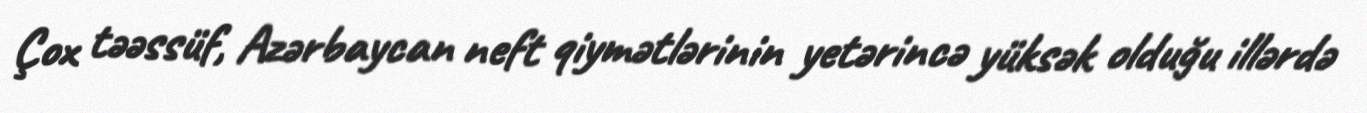
Çox təəssüf, Azərbaycan neft qiymətlərinin yetərincə yüksək olduğu illərdə